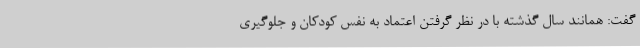
گفت: همانند سال گذشته با در نظر گرفتن اعتماد به‌ نفس کودکان و جلوگیری